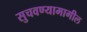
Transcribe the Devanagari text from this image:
सुचवण्यामागील